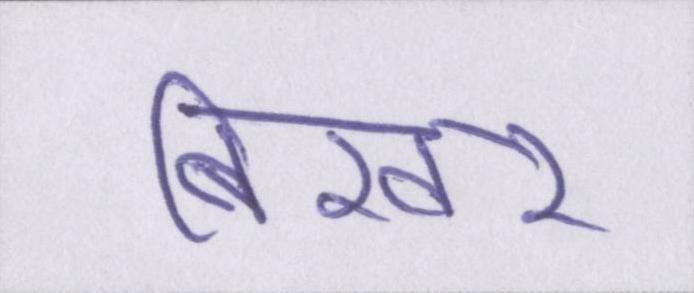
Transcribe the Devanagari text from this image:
बिखर